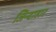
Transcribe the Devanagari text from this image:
जिन्दाहार